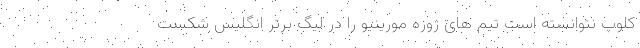
کلوپ نتوانسته است تیم های ژوزه مورینیو را در لیگ برتر انگلیس شکست